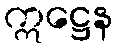
ဣဋ္ဌေန